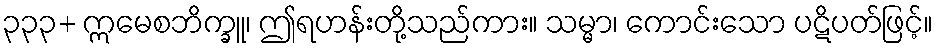
၃၃၃+ ဣမေစဘိက္ခူ၊ ဤရဟန်းတို့သည်ကား။ သမ္မာ၊ ကောင်းသော ပဋိပတ်ဖြင့်။